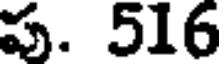
పు. 516